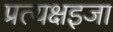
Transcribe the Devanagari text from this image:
प्रत्यक्षइजा